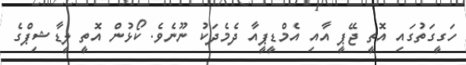
ހަގީގަތުގައި އޮތީ ޖޭޕީ އާއި އެމްޑީޕީއާ ދެމެދަކު ނޫނެވެ. ކޯޅުން އޮތީ ލީޑާޝިޕްގެ